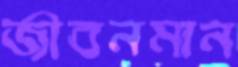
জীবনমান